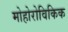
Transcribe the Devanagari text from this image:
मोहोरोविकिक